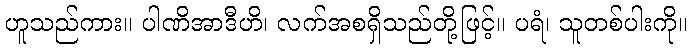
ဟူသည်ကား။ ပါဏိအာဒီဟိ၊ လက်အစရှိသည်တို့ဖြင့်။ ပရံ၊ သူတစ်ပါးကို။